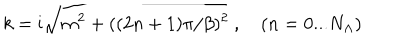
k = \mathrm { i } \sqrt { m ^ { 2 } + ( ( 2 n + 1 ) \pi / \beta ) ^ { 2 } } \ , \quad ( n = 0 . . . N _ { \Lambda } )